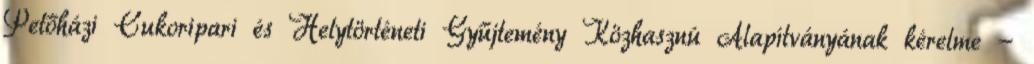
Petőházi Cukoripari és Helytörténeti Gyűjtemény Közhasznú Alapítványának kérelme -